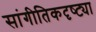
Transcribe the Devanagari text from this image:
सांगीतिकदृष्ट्या